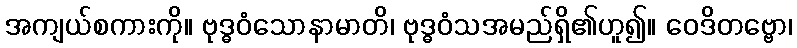
အကျယ်စကားကို။ ဗုဒ္ဓဝံသောနာမာတိ၊ ဗုဒ္ဓဝံသအမည်ရှိ၏ဟူ၍။ ဝေဒိတဗ္ဗော၊